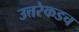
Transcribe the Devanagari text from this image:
उत्तरेकडच